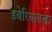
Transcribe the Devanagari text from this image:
इबेरियातला